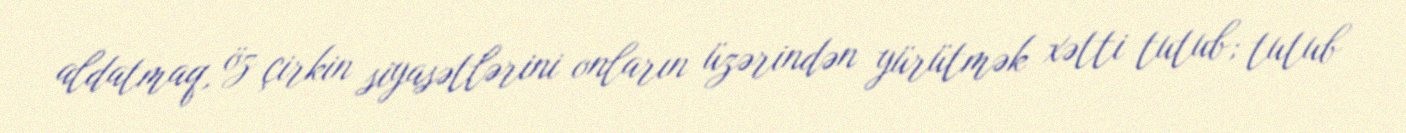
aldatmaq, öz çirkin siyasətlərini onların üzərindən yürütmək xətti tutub; tutub